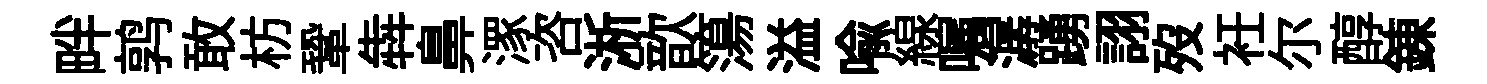
畔鹑敢枋鞏犇鼻潈咨淅歆簜溢喻線嘱潺踴詡歿衽尓醇錬